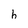
Character: h